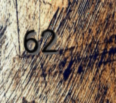
62